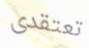
تعتقدى